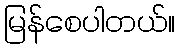
မြန်စေပါတယ်။